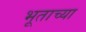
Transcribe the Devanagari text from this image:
भूताच्या